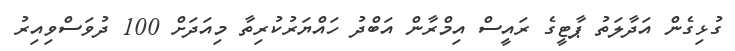
ގުޅިގެން އަދާލަތު ޕާޓީގެ ރައީސް އިމްރާން އަބްދު ހައްޔަރުކުރިތާ މިއަދަށް 100 ދުވަސްވިއިރު